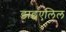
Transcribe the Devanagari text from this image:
डाइएलिल